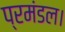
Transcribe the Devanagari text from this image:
प्रमंडल।